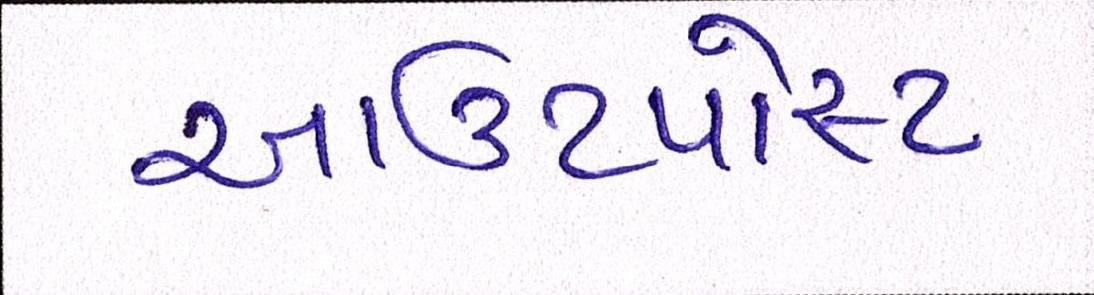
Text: આઉટપોસ્ટ